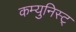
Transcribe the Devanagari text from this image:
कम्युनिस्ट्